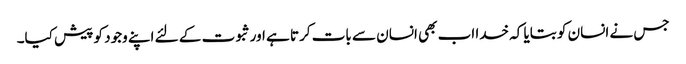
جس نے انسان کو بتایا کہ خدا اب بھی انسان سے بات کرتا ہے اورثبوت کے لئے اپنے وجود کو پیش کیا۔